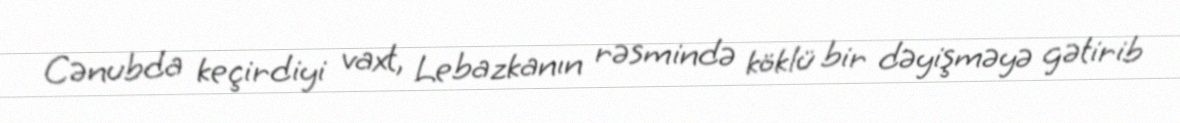
Cənubda keçirdiyi vaxt, Lebazkanın rəsmində köklü bir dəyişməyə gətirib